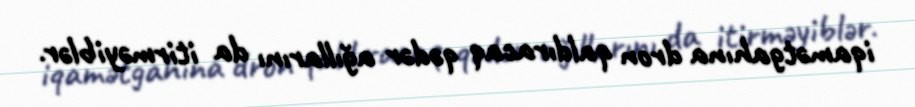
iqamətgahına dron qaldıracaq qədər ağıllarını da itirməyiblər.